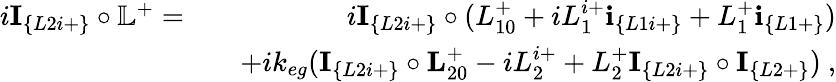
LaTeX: \begin{array}{rlr}{i\textbf{I}_{\{ L2i+\} }\circ\mathbb{L}^{+}=}&{}&{i\textbf{I}_{\{ L2i+\} }\circ(L_{10}^{+}+iL_{1}^{i+}\textbf{i}_{\{ L1i+\} }+L_{1}^{+}\textbf{i}_{\{ L1+\} })}\\ &{}&{+ik_{eg}(\textbf{I}_{\{ L2i+\} }\circ\textbf{L}_{20}^{+}-iL_{2}^{i+}+L_{2}^{+}\textbf{I}_{\{ L2i+\} }\circ\textbf{I}_{\{ L2+\} })~,}\end{array}